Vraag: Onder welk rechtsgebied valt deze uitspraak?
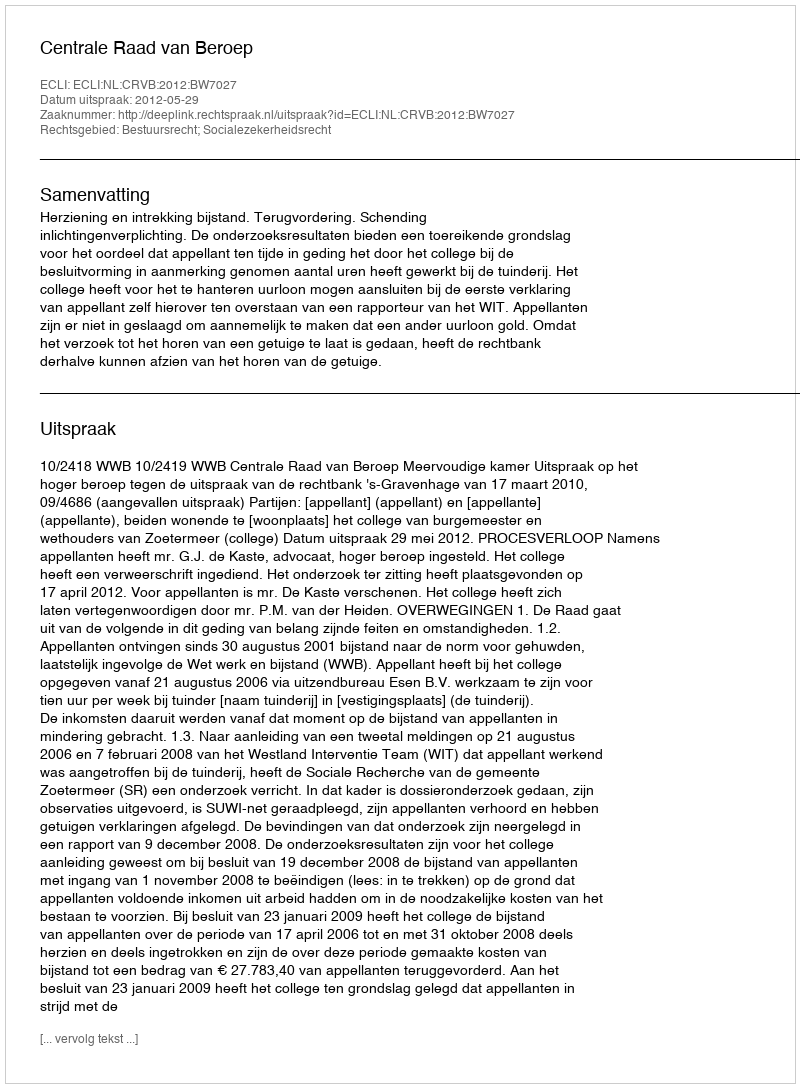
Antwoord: Bestuursrecht; Socialezekerheidsrecht